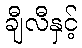
ချီလီနှင့်